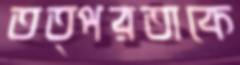
তত্পরতাকে